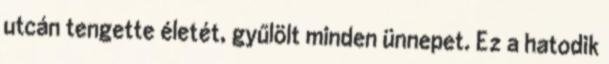
utcán tengette életét, gyűlölt minden ünnepet. Ez a hatodik